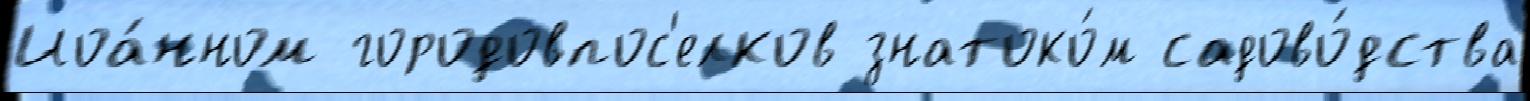
Иоа́нном городовпос'елков знатоко́м садово́дства